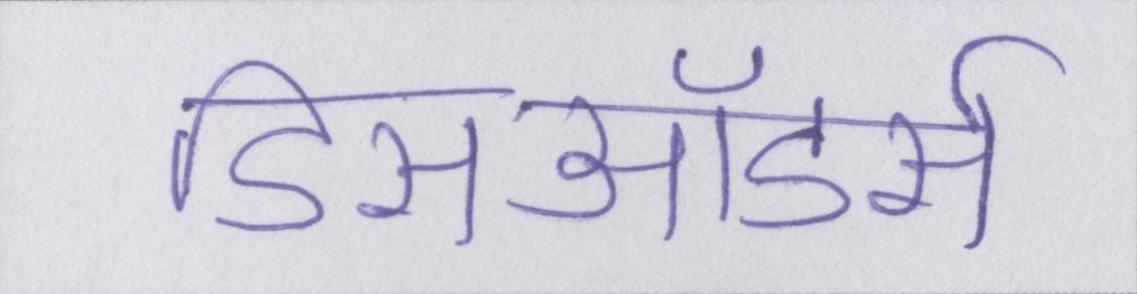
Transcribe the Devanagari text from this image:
डिसऑडर्स